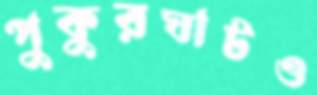
পুকুরঘাটও